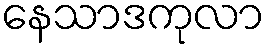
နေသာဒကုလာ